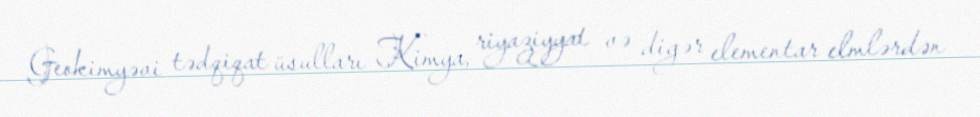
Geokimyəvi tədqiqat üsulları Kimya, riyaziyyat və digər elementar elmlərdən